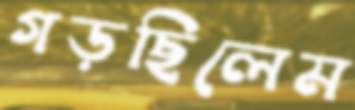
গড়ছিলেম